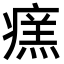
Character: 𤹂